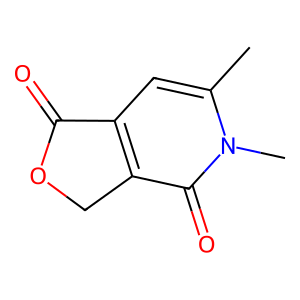
SMILES: Cc1cc2c(c(=O)n1C)COC2=O
Inhibits HIV replication: No